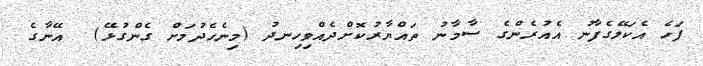
ފަހެ އެކަލޭގެފާނު އެއުރެންގެ ސާމާނު ތައްޔާރުކޮށްދެއްވިހިނދު (މިނެހެދުމަށް ގެންގުޅޭ)  އޭނާގެ